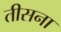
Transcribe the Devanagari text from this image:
तीसना